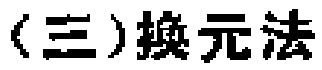
（三）换元法